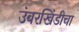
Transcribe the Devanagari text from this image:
उंबरखिंडीचा